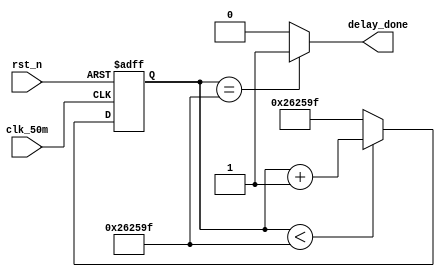
//------------------------------------------------------------------------------
//
//Module Name:					System_Delay.v
//Department:					Xidian University
//Function Description:	   
//
//------------------------------------------------------------------------------
//
//Version 	Design		Coding		Simulata	  Review	Rel data
//V1.0		Verdvana		Verdvana				     2019-7-8
//
//-----------------------------------------------------------------------------------


module System_Delay
#(
	parameter	SYS_DELAY_TOP = 24'd2500000	//50ms system init delay
)(
		input		clk_50m,
		input		rst_n,
		
		output	delay_done
);

reg	[23:0] delay_cnt = 24'd0;

always@(posedge clk_50m or negedge rst_n) begin
	if(!rst_n)
		delay_cnt <= 0;
		
	else if(delay_cnt < SYS_DELAY_TOP - 1'b1)
		delay_cnt <= delay_cnt + 1'b1;
		
	else
		delay_cnt <= SYS_DELAY_TOP - 1'b1;
end
assign	delay_done = (delay_cnt == SYS_DELAY_TOP - 1'b1)? 1'b1 : 1'b0;
	
endmodule